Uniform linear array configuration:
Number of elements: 48
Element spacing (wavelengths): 0.25
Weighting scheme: binomial
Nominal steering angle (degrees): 45
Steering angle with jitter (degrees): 46.791
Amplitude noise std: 0.05
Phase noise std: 0.05

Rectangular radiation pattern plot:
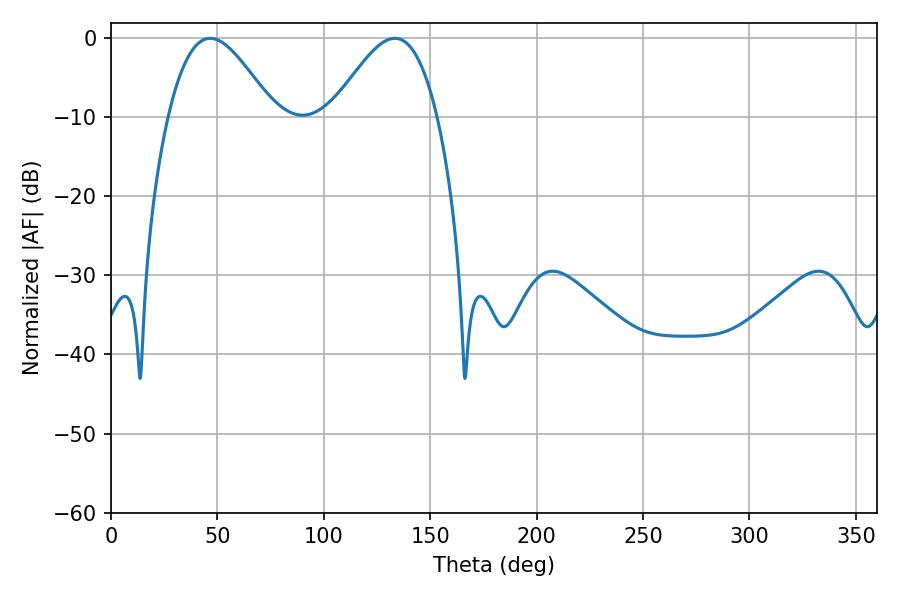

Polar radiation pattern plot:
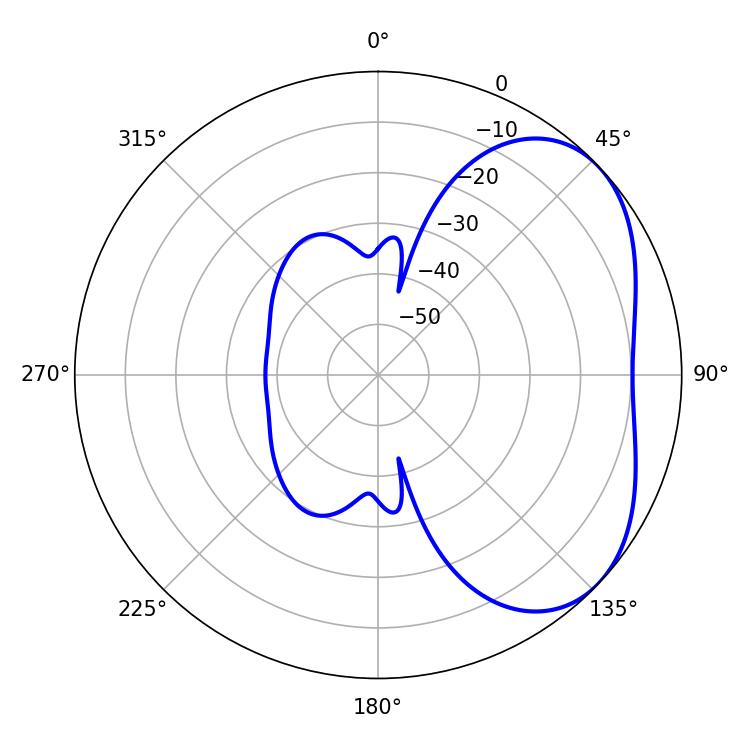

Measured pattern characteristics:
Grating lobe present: FALSE
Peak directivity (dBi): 3.993
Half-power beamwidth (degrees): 26.46
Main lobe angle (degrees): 46.62